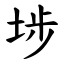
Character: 埗